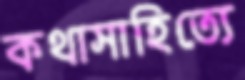
কথাসাহিত্যে